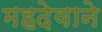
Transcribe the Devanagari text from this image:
महदेवाने